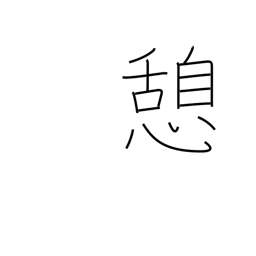
Meaning: rest